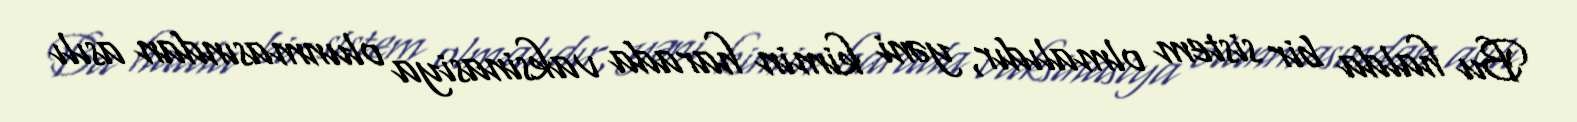
Bu halda bir sistem olmalıdır, yəni kimin harada vaksinasiya olunmasından asılı